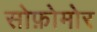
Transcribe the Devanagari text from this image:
सोफ़ोमोर